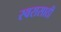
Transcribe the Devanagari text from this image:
स्वरासाठी